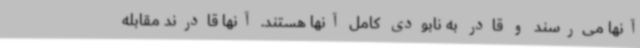
آنها می‌رسند و قادر به نابودی کامل آنها هستند. آنها قادرند مقابله